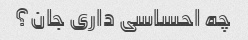
چه احساسی داری جان؟